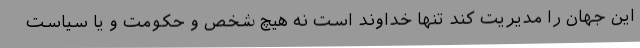
این جهان را مدیریت کند تنها خداوند است نه هیچ شخص و حکومت و یا سیاست